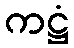
ကဋ္ဌံ